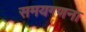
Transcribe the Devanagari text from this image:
समयगणना